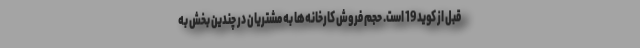
قبل از کوید 19 است. حجم فروش کارخانه‌ها به مشتریان در چندین بخش به